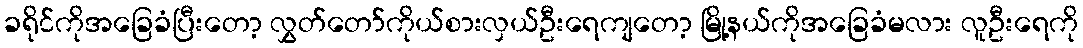
ခရိုင်ကိုအခြေခံပြီးတော့ လွှတ်တော်ကိုယ်စားလှယ်ဦးရေကျတော့ မြို့နယ်ကိုအခြေခံမလား လူဦးရေကို